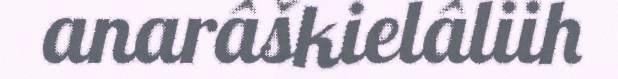
anarâškielâliih